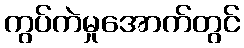
ကွပ်ကဲမှုအောက်တွင်